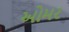
ઓમર